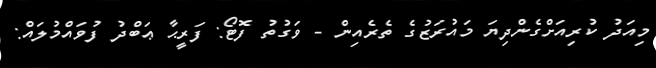
މިއަދު ކުރިއަށްގެންދިޔަ މައުރަޒުގެ ތެރެއިން - ވަގުތު ފޮޓޯ: ފަރީޙާ ޢަބްދު ފުވައްމުލައް: